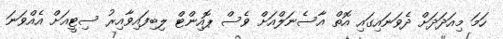
ހަމަ މިއަދަދަށް ދެވަނައިގައި އޮތް އާސެނަލްއަށް ވެސް ޕޮއިންޓް ލިބިފައިވާއިރު ސިޓީއަށް އެއްވަނަ